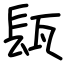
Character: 瓺